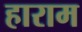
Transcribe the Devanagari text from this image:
हाराम